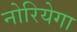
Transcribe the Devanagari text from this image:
नोरियेगा